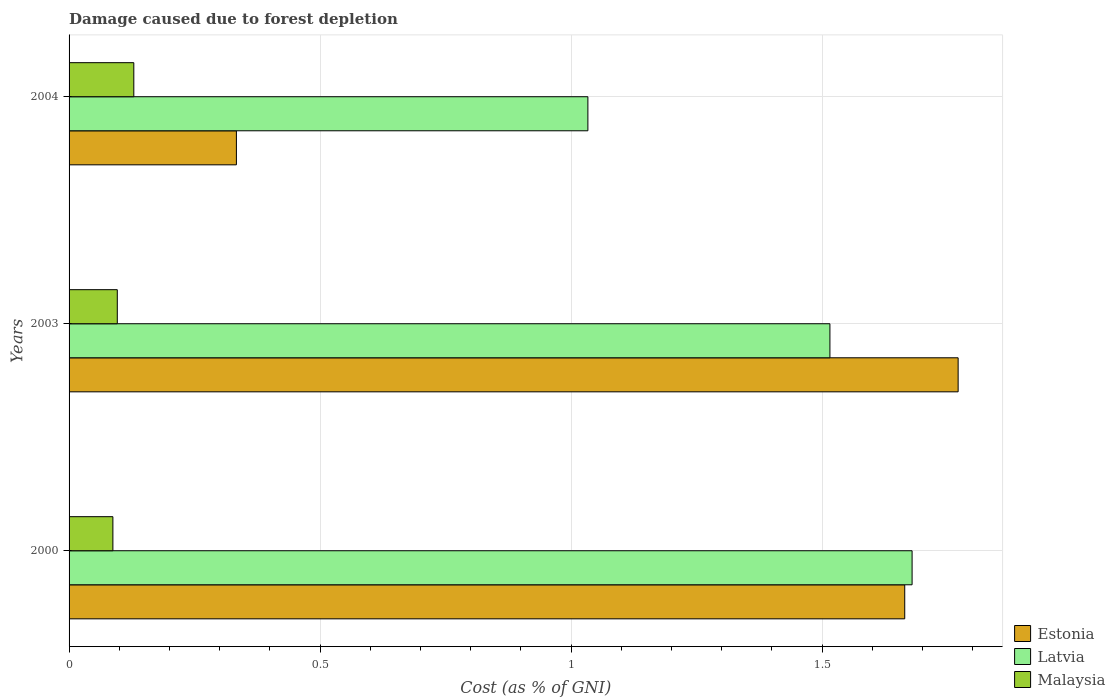
| Years | Estonia | Latvia | Malaysia |
 | --- | --- | --- | --- |
 | 2000 | 1.66 | 1.68 | 0.0873 |
 | 2003 | 1.77 | 1.52 | 0.0961 |
 | 2004 | 0.333 | 1.03 | 0.129 |